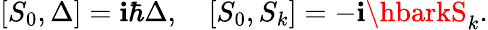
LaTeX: [S_{0},\Delta]=\mathbf{i}\hbar\Delta,\quad[S_{0},S_{k}]=-\mathbf{i}\hbarkS_{k}.